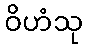
ဝိဟံသု